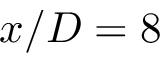
x / D = 8